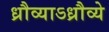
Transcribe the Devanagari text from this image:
ध्रौव्याऽध्रौव्ये